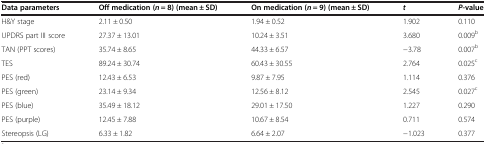
<table><thead><tr><td><b>Data parameters</b></td><td><b>Off medication (<i>n</i> = 8) (mean ± SD)</b></td><td><b>On medication (<i>n</i> = 9) (mean ± SD)</b></td><td><b><i>t</i></b></td><td><b><i>P</i>-value</b></td></tr></thead><tbody><tr><td>H&amp;Y stage</td><td>2.11 ± 0.50</td><td>1.94 ± 0.52</td><td>1.902</td><td>0.110</td></tr><tr><td>UPDRS part III score</td><td>27.37 ± 13.01</td><td>10.24 ± 3.51</td><td>3.680</td><td>0.009<sup>b</sup></td></tr><tr><td>TAN (PPT scores)</td><td>35.74 ± 8.65</td><td>44.33 ± 6.57</td><td>-3.78</td><td>0.007<sup>b</sup></td></tr><tr><td>TES</td><td>89.24 ± 30.74</td><td>60.43 ± 30.55</td><td>2.764</td><td>0.025<sup>c</sup></td></tr><tr><td>PES (red)</td><td>12.43 ± 6.53</td><td>9.87 ± 7.95</td><td>1.114</td><td>0.376</td></tr><tr><td>PES (green)</td><td>23.14 ± 9.34</td><td>12.56 ± 8.12</td><td>2.545</td><td>0.027<sup>c</sup></td></tr><tr><td>PES (blue)</td><td>35.49 ± 18.12</td><td>29.01 ± 17.50</td><td>1.227</td><td>0.290</td></tr><tr><td>PES (purple)</td><td>12.45 ± 7.88</td><td>10.67 ± 8.54</td><td>0.711</td><td>0.574</td></tr><tr><td>Stereopsis (LG)</td><td>6.33 ± 1.82</td><td>6.64 ± 2.07</td><td>-1.023</td><td>0.377</td></tr></tbody></table>